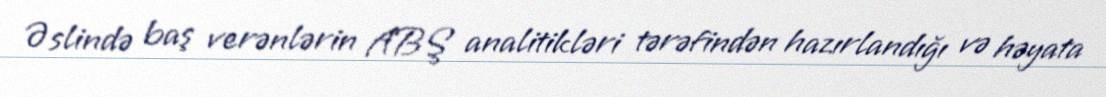
Əslində baş verənlərin ABŞ analitikləri tərəfindən hazırlandığı və həyata